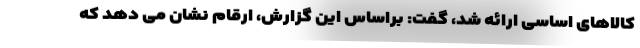
کالاهای اساسی ارائه شد، گفت: براساس این گزارش، ارقام نشان می دهد که